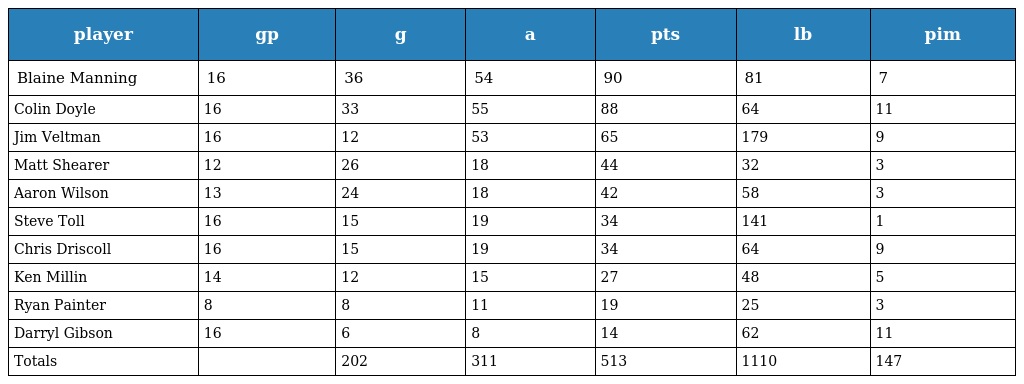
| player | gp | g | a | pts | lb | pim |
 | --- | --- | --- | --- | --- | --- | --- |
 | Blaine Manning | 16 | 36 | 54 | 90 | 81 | 7 |
 | Colin Doyle | 16 | 33 | 55 | 88 | 64 | 11 |
 | Jim Veltman | 16 | 12 | 53 | 65 | 179 | 9 |
 | Matt Shearer | 12 | 26 | 18 | 44 | 32 | 3 |
 | Aaron Wilson | 13 | 24 | 18 | 42 | 58 | 3 |
 | Steve Toll | 16 | 15 | 19 | 34 | 141 | 1 |
 | Chris Driscoll | 16 | 15 | 19 | 34 | 64 | 9 |
 | Ken Millin | 14 | 12 | 15 | 27 | 48 | 5 |
 | Ryan Painter | 8 | 8 | 11 | 19 | 25 | 3 |
 | Darryl Gibson | 16 | 6 | 8 | 14 | 62 | 11 |
 | Totals |  | 202 | 311 | 513 | 1110 | 147 |